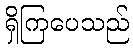
ရှိကြပေသည်